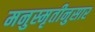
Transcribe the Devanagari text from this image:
मनुस्मृतीनुसार